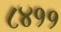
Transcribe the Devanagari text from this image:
८४११